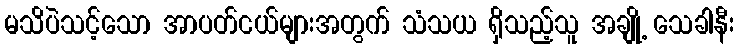
မသိပဲသင့်သော အာပတ်ငယ်များအတွက် သံသယ ရှိသည့်သူ အချို့ သေခါနီး